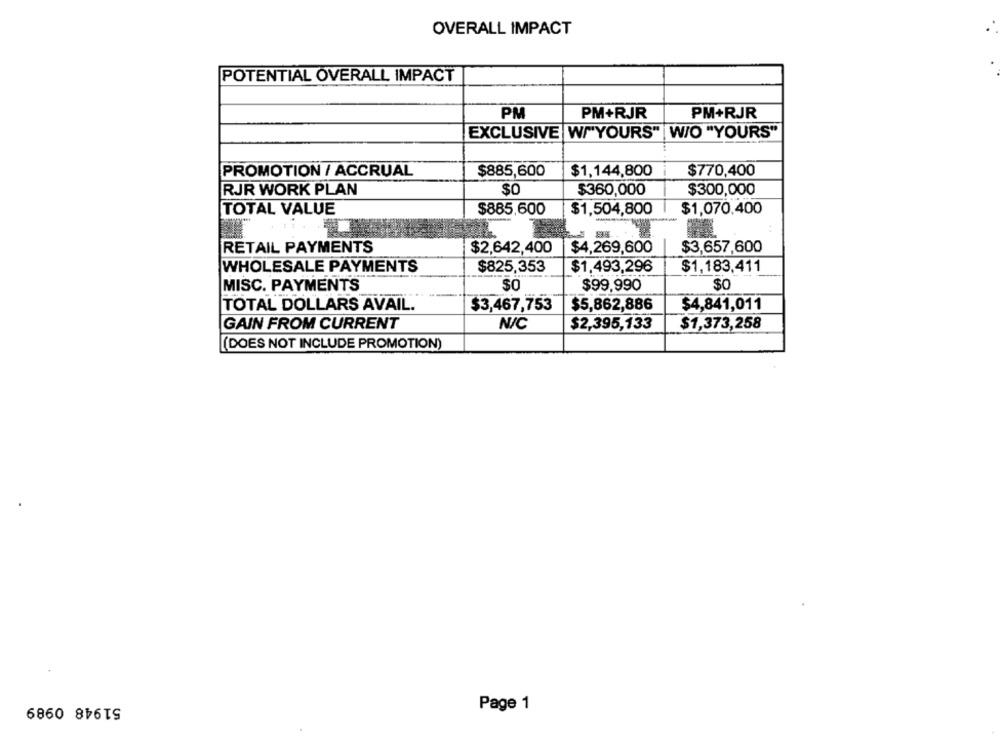
OVERALL IMPACT
POTENTIAL OVERALL IMPACT
PM
PM+RJR
PM+RJR
EXCLUSIVE W/"YOURS" | W/O "YOURS"
PROMOTION / ACCRUAL
$885,600
$1,144,800
$770,400
RJR WORK PLAN
$0
$360,000
$300,000
TOTAL VALUE
$885,600
$1,504,800
-
$1,070,400
RETAIL PAYMENTS
$2,642,400
$4,269,600
$3,657,600
WHOLESALE PAYMENTS
$825,353
$1,493,296
$1,183,411
MISC. PAYMENTS
$0
$99,990
$0
TOTAL DOLLARS AVAIL.
$3,467,753
$5,862,886
$4,841,011
GAIN FROM CURRENT
N/C
$2,395,133
$1,373,258
[(DOES NOT INCLUDE PROMOTION)
51948 0989
Page 1